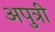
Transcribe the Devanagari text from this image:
अपुत्री